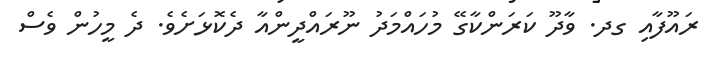
ރައޫފާއި ގދ. ވާދޫ ކަރަންކާގޭ މުހައްމަދު ނޫރައްދީންއާ ދެކޮޅަށެވެ. ދެ މީހުން ވެސް